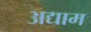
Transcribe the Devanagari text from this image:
अद्याम